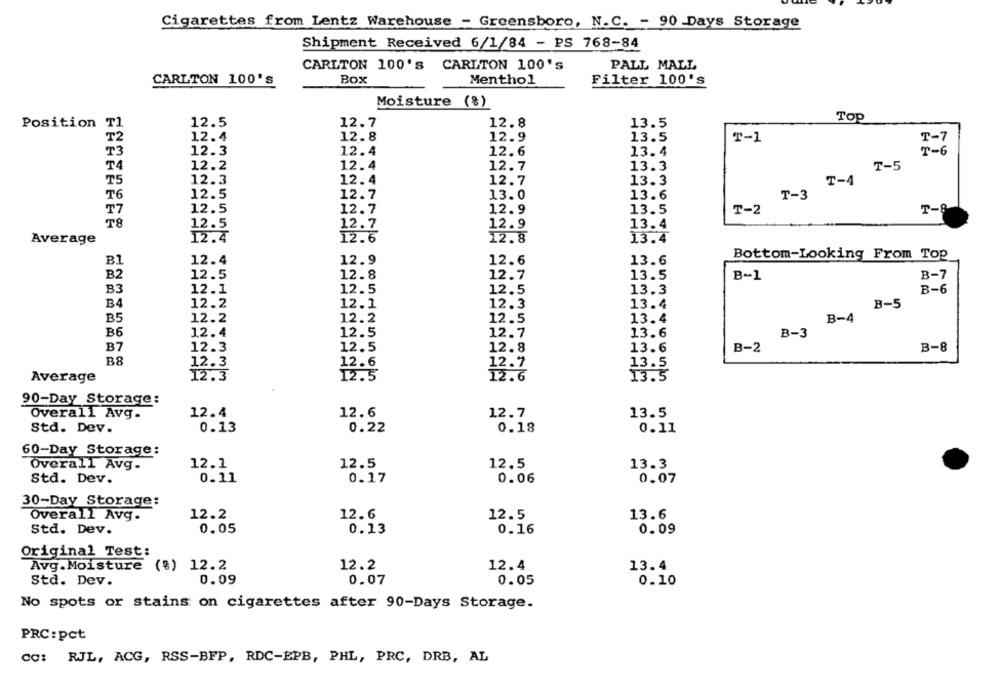
Cigarettes from Lentz Warehouse - Greensboro, N.C. - 90 Days Storage
Shipment Received 6/1/84 - PS 768-84
CARLTON 100'S CARLTON 100's
PALL MALL
CARLTON 100's
Box
Menthol
Filter 100's
Moisture (%)
Top
Position T1
12.5
12.7
12.8
13.5
T2
12.4
12.8
12.9
13.5
T-1
T-7
T3
12.3
12.4
12.6
13.4
T-6
T4
12.2
12.4
12.7
13.3
T-5
12.3
12.4
T-3 T-4
75
12.7
13.3
12.5
T6
12.7
13.0
13.6
T7
12.5
12.7
12.9
13.5
T-2
T-8
T8
12.5
12.7
12.9
13.4
Average
12.4
12.6
12.8
13.4
Bottom-Looking From Top
B1
12.4
12.9
12.6
13.6
B2
12.5
12.8
12.7
13.5
B-1
B-7
B3
12.1
12.5
12.5
13.3
B-6
B4
12.2
12.1
12.3
13.4
B-5
B5
12.2
12.2
12.5
13.4
B-4
B6
12.5
12.7
B-3
12.4
13.6
B7
12.5
12.8
12.3
13.6
B-2
B-8
B8
12.6
12.7
13.5
12: 3
Average
13.5
90-Day Storage:
Overall Avg.
12.4
12.6
12.7
13.5
Std. Dev.
0.13
0.22
0.18
0.11
60-Day Storage:
12.1
12.5
12.5
13.3
Overall Avg.
0.17
Std. Dev.
0.11
0.06
0.07
30-Day Storage:
Overall Avg.
12.2
12.6
12.5
13.6
Std. Dev.
0.05
0.13
0.16
0.09
Original Test:
Avg.Moisture (%) 12.2
12.2
12.4
13.4
Std. Dev.
0.09
0.07
0.05
0.10
No spots or stains on cigarettes after 90-Days Storage.
PRC:pct
CC: RJL, ACG, RSS-BFP, RDC-EPB, PHL, PRC, DRB, AL